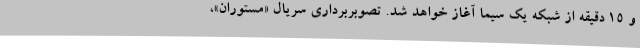
و ۱۵ دقیقه از شبکه یک سیما آغاز خواهد شد. تصوبربرداری سریال «مستوران»،